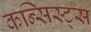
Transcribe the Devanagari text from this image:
कन्सिस्ट्स